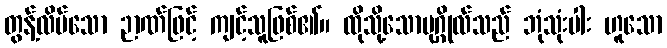
တွန့်လိပ်သော ဉာဏ်ဖြင့် ကျင့်သူဖြစ်၏။ ထိုသို့သောပုဂ္ဂိုလ်သည် ဘုံသုံးပါး ဟူသော